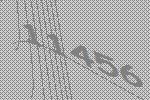
11456